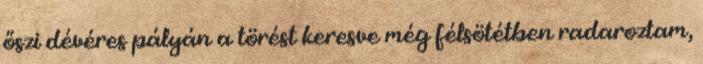
őszi dévéres pályán a törést keresve még félsötétben radaroztam,